Vaccination in the Punjab 1897-1904 - 1897-1904
Year: 1897
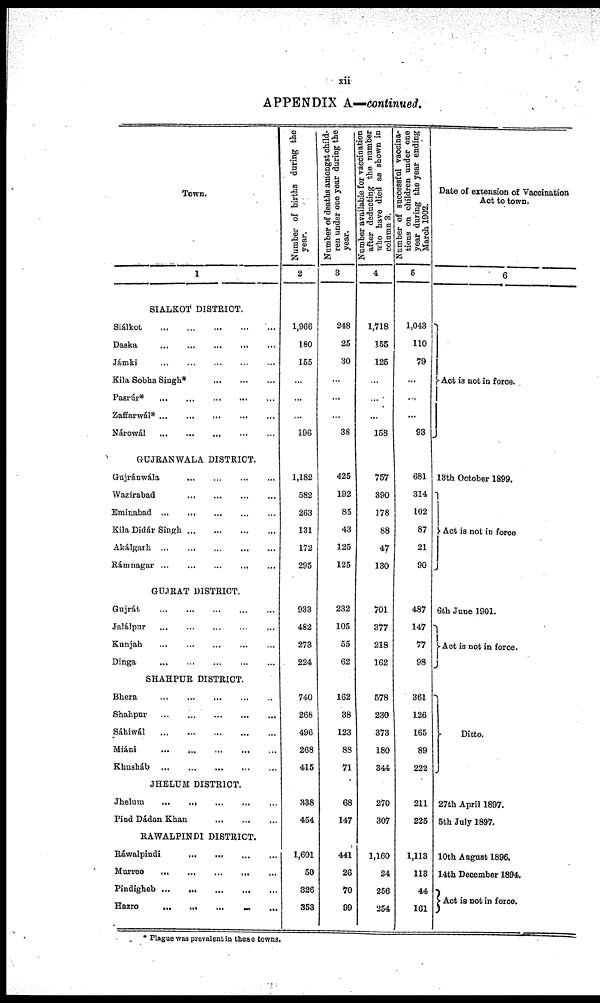
xii
APPENDIX A—continued.
Town.
1
SIALKOT DISTRICT.
Siálkot
...
...
...
...
...
Daska
...
...
...
...
...
Jámki
...
...
...
...
...
Kila Sobha Singh* ... ... ... ... ...
Pasrúr*
...
...
...
...
...
Zaffarwal*
...
...
...
...
...
Nárowál ... ... ... ... ...
GUJRANWALA DISTRICT.
Gujránwála ... ... ... ... ...
Wazírabad
...
...
...
...
...
Eminabad
...
...
...
...
...
Kila Didár Singh ... ... ... ... ...
Akálgarh
...
...
...
...
...
Rámnagar
...
...
...
...
...
GUJRAT DISTRICT.
Gujrát
...
...
...
...
...
Jalálpur
...
...
...
...
...
Kunjah
...
...
...
...
...
Dinga
...
...
...
...
...
SHAHPUR DISTRICT.
Bhera
...
...
...
...
...
Shahpur
...
...
...
...
...
Sáhiwál
...
...
...
...
...
Miáni
...
...
...
...
...
Khusháb
...
...
...
...
...
JHELUM DISTRICT.
Jhelum
...
...
...
...
...
Pind Dádan Khan ... ... ... ... ...
RAWALPINDI DISTRICT.
Ráwalpindi
...
...
...
...
...
Murree
...
...
...
...
...
Pindigheb
...
...
...
...
...
Hazro
...
...
...
...
...
Number of births during the
year.
2
1,966
180
155
...
...
...
196
1,182
582
263
131
172
295
933
482
273
224
740
268
496
268
415
338
454
1,601
50
326
353
Number of deaths amongst child-
ren under one year during the
year.
3
248
25
30
...
...
...
38
425
192
85
43
125
125
232
105
55
62
162
38
123
88
71
68
147
441
26
70
99
Number available for vaccination
after deducting the number
who have died as shown in
column 3.
4
1,718
155
125
...
...
...
158
757
390
178
88
47
130
701
377
218
162
578
230
373
180
344
270
307
1,160
24
256
254
Number of successful vaccina-
tions on children under one
year during the year ending
March 1902.
5
1,043
110
79
...
...
...
93
681
314
102
87
21
90
487
147
77
98
361
126
165
89
222
211
225
1,113
113
44
161
Date of extension of Vaccination
Act to town.
6
Act is not in force.
13th October 1899.
Act is not in force
6th June 1901.
Act is not in force.
Ditto.
27th April 1897.
5th July 1897.
10th August 1896.
14th December 1894.
Act is not in force.
* Plague was prevalent in these towns.